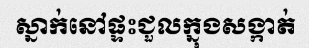
ស្នាក់នៅផ្ទះជួលក្នុងសង្កាត់